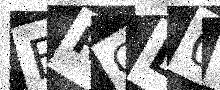
Text: BRGL0L